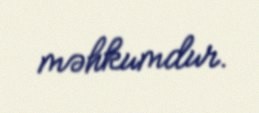
məhkumdur.